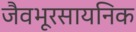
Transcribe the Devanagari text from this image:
जैवभूरसायनिक